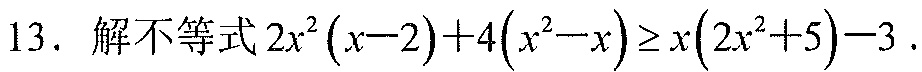
13. 解不等式\(2x^{2}(x - 2)+4(x^{2}-x)\geq x(2x^{2}+5)-3\).